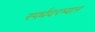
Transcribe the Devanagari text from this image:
स्पर्धदरम्यान